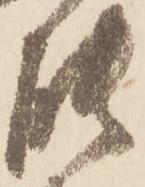
能